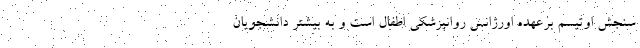
سنجش اوتیسم برعهده اورژانس روانپزشکی اطفال است و به بیشتر دانشجویان